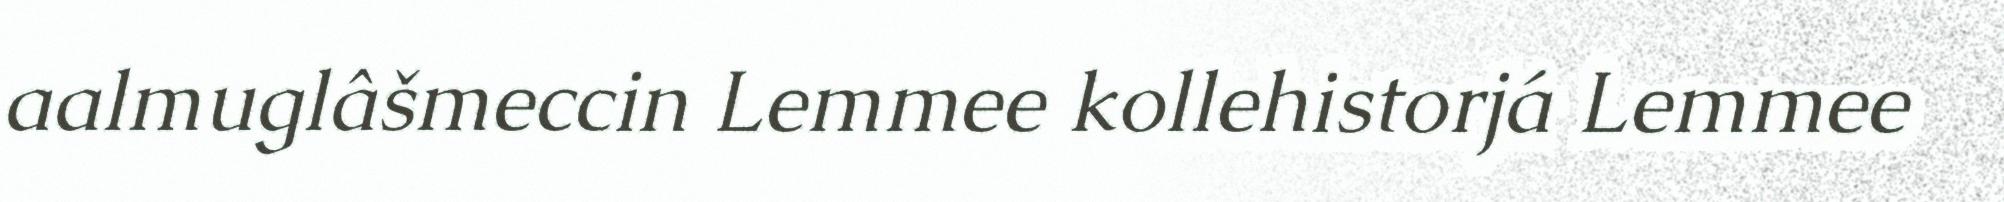
aalmuglâšmeccin Lemmee kollehistorjá Lemmee